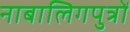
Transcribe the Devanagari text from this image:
नाबालिगपुत्रों